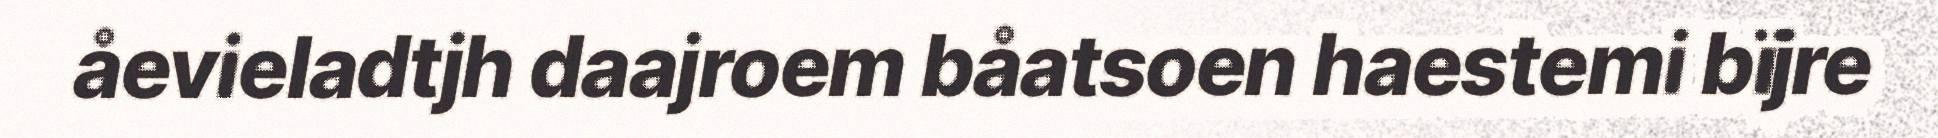
åevieladtjh daajroem båatsoen haestemi bïjre